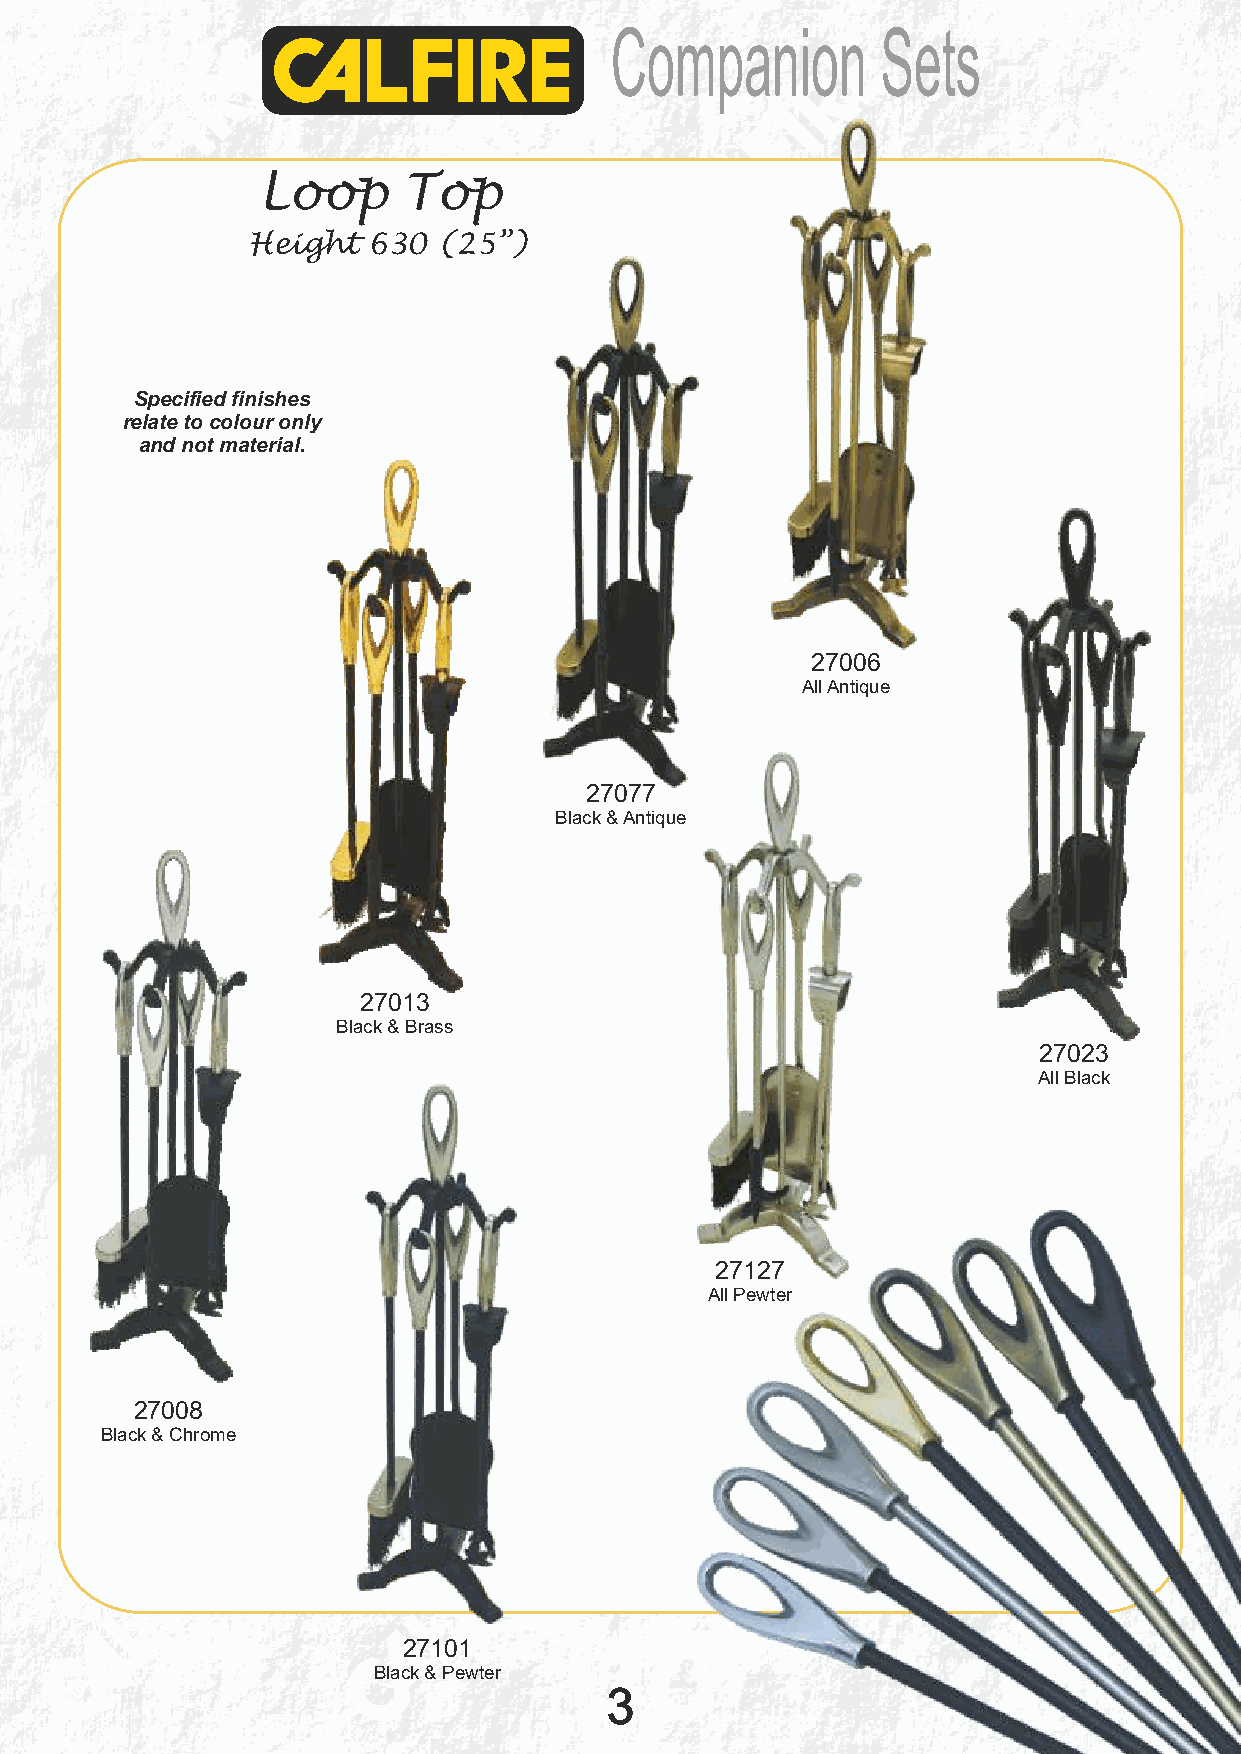
Companion         Sets
 Loop      Top
 Height  630  (25”)
 Specified finishes
 relate to colour only
 and not material.
 27006
 All Antique
 27077
 Black & Antique
 27013
 Black & Brass
 27023
 All Black
 27127
 All Pewter
 27008
 Black & Chrome
 27101
 Black & Pewter
 3